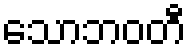
သောဘဝတီ